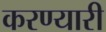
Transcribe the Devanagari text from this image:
करण्यारी